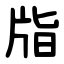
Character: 㸟